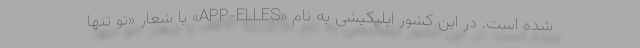
شده است. در این کشور اپلیکیشی به نام «APP-ELLES» با شعار «تو تنها